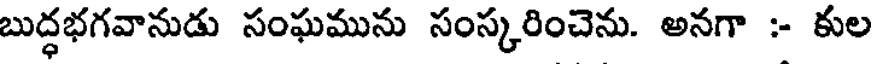
బుద్ధభగవానుడు సంఘమును సంస్కరించెను. అనగా :- కుల